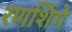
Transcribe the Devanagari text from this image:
रणशिंगे